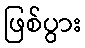
ဖြစ်ပွား